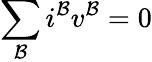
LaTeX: \sum_{\mathcal{B}}i^{\mathcal{B}}v^{\mathcal{B}}=0